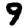
Digit: 9